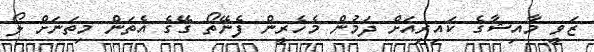
ޒަވީ މާއިޝާގެ ކައިރިއަށް ދަމުން މެހެރީން ފެނޭތޯ ގޭގެ އެތަން މިތަނަށް ލޯ